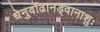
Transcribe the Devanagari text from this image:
धेनुर्वोढानड्वानाशुः